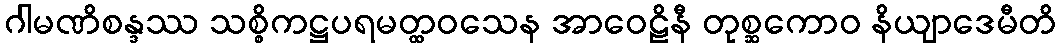
ဂါမဏိစန္ဒဿ သစ္စိကဋ္ဌပရမတ္ထဝသေန အာဝေဠိနီ တုစ္ဆကောဝ နိယျာဒေမီတိ